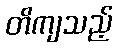
တိကျသည့်